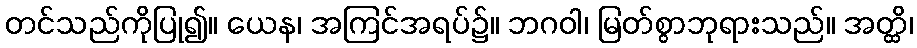
တင်သည်ကိုပြု၍။ ယေန၊ အကြင်အရပ်၌။ ဘဂဝါ၊ မြတ်စွာဘုရားသည်။ အတ္ထိ၊